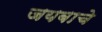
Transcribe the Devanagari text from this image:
जयबाचे